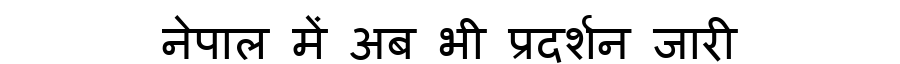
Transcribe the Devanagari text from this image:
नेपाल में अब भी प्रदर्शन जारी